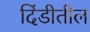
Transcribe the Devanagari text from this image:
दिंडीतील